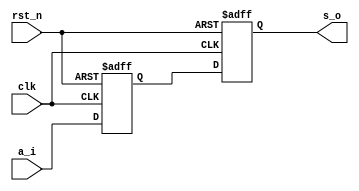
////////////////////////////////////////////////////////////////////////////////
// Digital Flyback Controller
////////////////////////////////////////////////////////////////////////////////
// This is a simple circuit that takes in a clock and generates a simple PWL
// waveform to control the flyback.
////////////////////////////////////////////////////////////////////////////////

`timescale 1ns/10ps

////////////////////////////////////////////////////////////////////////////////
// We need some synchronizers first. Basic building blocks
////////////////////////////////////////////////////////////////////////////////
module sync(input a_i, output reg s_o, input rst_n, input clk);
reg meta;

always @(posedge clk or negedge rst_n)
begin: BLK_SYNC
   if (!rst_n) {s_o, meta} <= 2'b00;
   else {s_o, meta} <= {meta, a_i};
end
endmodule

module sync_rst(output reg rst_n_o, input rst_async_n, input clk);
reg meta;

always @(posedge clk or negedge rst_async_n)
begin: BLK_SYNC
   if (!rst_async_n) {rst_n_o, meta} <= 2'b00;
   else {rst_n_o, meta} <= {meta, 1'b1};
end
endmodule
////////////////////////////////////////////////////////////////////////////////

////////////////////////////////////////////////////////////////////////////////
// Module: flyback_control
////////////////////////////////////////////////////////////////////////////////
// Main flyback control block -- purely digital for synthesis
////////////////////////////////////////////////////////////////////////////////

module flyback_control(input clk, input rst_async_n,
   input [1:0] dutycyc_async_i, output reg osc_o);

wire [1:0] dutycyc;
reg [4:0] counter;
wire period_hit;
reg drop_osc;
wire rst_n;

// We synchronize the asynchornous signals to avoid metastability issues.
sync_rst sync_rst_n_inst(.rst_n_o(rst_n), .rst_async_n(rst_async_n), .clk(clk));
sync sync_dutycyc_inst[1:0](.a_i(dutycyc_async_i), .s_o(dutycyc), .rst_n(rst_n),
   .clk(clk));

// The clock is 2MHz. We need to select a clock that should work for the
// desired output level.
always @(posedge clk or negedge rst_n)
begin: BLK_OSC
   if(!rst_n)
   begin
      osc_o <= 1'b1;
      counter <= 5'd0;
   end
   else if (period_hit)
   begin
      osc_o <= 1'b1;
      counter <= 5'd0;
   end
   else
   begin
      if (drop_osc) osc_o <= 1'b0;
      counter <= counter + 5'd1;
   end
end

// And we define the values
always @(counter or dutycyc)
begin: BLK_PERIOD
   case(dutycyc)
      2'b00: drop_osc = counter >= 5'd2;
      2'b01: drop_osc = counter >= 5'd7;
      2'b10: drop_osc = counter >= 5'd10;
      2'b11: drop_osc = counter >= 5'd15;
   endcase
end
assign period_hit = counter >= 5'd20;

endmodule

////////////////////////////////////////////////////////////////////////////////
// Module: flyback_digital
////////////////////////////////////////////////////////////////////////////////
// Connects the flyback control to the analog domain
////////////////////////////////////////////////////////////////////////////////

module flyback_digital;

// The inputs comming from the digital domain must be defined as a storage
// type so that the results comming from the Analog side can be written
// somewhere.
reg [2:0] inputs;
wire rst_async_n;
wire [1:0] dutycyc_async;
reg clk;
wire osc;

assign dutycyc_async = inputs[2:1];
assign rst_async_n = inputs[0];
flyback_control flyback_control_inst(.clk(clk), .rst_async_n(rst_async_n),
   .dutycyc_async_i(dutycyc_async), .osc_o(osc));

initial
begin
   $d_hdl_sync("simulator_pipe",
      "/opt/local/bin/ngspice -b -r flyback_digital.raw flyback_digital.sp",
      osc, inputs, clk);
end

// And we generate a VCD file so we can look at the results
initial
begin
   $dumpfile("waves.vcd");
   $dumpvars(0, flyback_digital);
end

endmodule